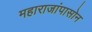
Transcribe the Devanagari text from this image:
महाराजांपासोन